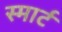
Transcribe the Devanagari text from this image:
स्‍मार्ट